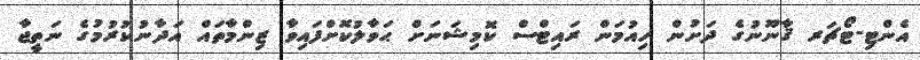
އެންޓި-ޓޯޗަރ ޤާނޫނުގެ ދަށުން ހިއުމަން ރައިޓްސް ކޮމިޝަނަށް ޙަވާލުކޮށްފައިވާ ޒިންމާތައް އަދާނުކުރުމުގެ ނަތީޖާ